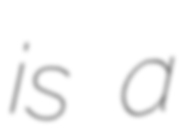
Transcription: is a